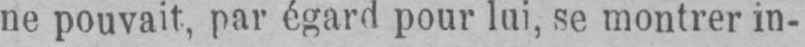
ne pouvait, par égard pour lui, se montrer in-